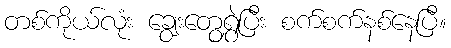
တစ်ကိုယ်လုံး ချွေးတွေရွှဲပြီး စက်စက်နစ်နေပြီ။